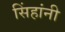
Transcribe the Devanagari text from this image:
सिंहांनी